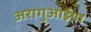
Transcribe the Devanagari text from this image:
अरागुआईया